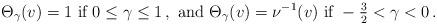
LaTeX: \begin{align*} \begin{aligned} \Theta_\gamma (v) = 1 \textrm{ if } 0 \leq \gamma \leq 1 \,, \textrm{ and } \Theta_\gamma (v) = \nu^{-1} (v) \textrm{ if } - \tfrac{3}{2} < \gamma < 0 \,. \end{aligned} \end{align*}